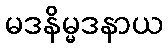
မဒနိမ္မဒနာယ